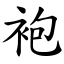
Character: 袍